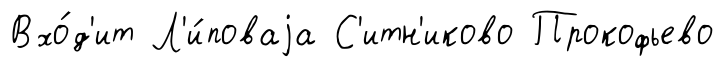
Вхо́д'ит Л'и́поваjа С'итн'иково Прокофьево